Vaccination report Assam 1874-1896 - 1874-1896
Year: 1874
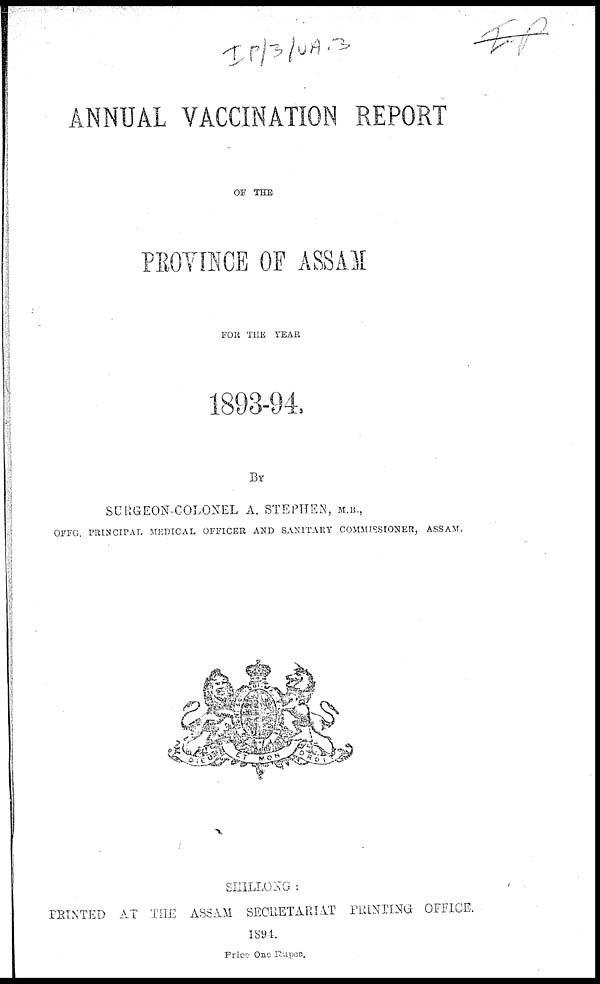
ANNUAL VACCINATION REPORT
OF THE
PROVINCE OF ASSAM
FOR THE YEAR
1893-94.
BY
SURGEON COLONEL A. STEPHEN, M.B.,
OFFG. PRINCIPAL MEDICAL OFFICER AND SANITARY COMMISSIONER, ASSAM.
SHILLONG :
PRINTED AT THE ASSAM SECRETARIAT PRINTING OFFICE.
1894.
Price One Rupee.